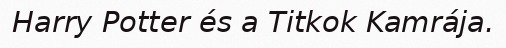
Harry Potter és a Titkok Kamrája.